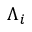
\Lambda _ { i }